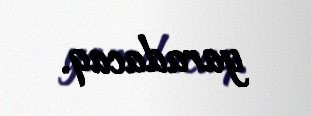
yaradacaq.